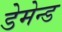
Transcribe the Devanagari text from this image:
डेमेन्ड